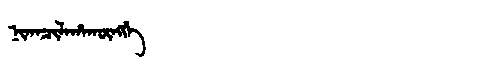
Manchu: ᠨᡳᡴᠠᠴᡳᠯᠠᡥᠠᡴᡡᠩᡤᡝ
Romanization: NIKACILAHAKŪNGGE